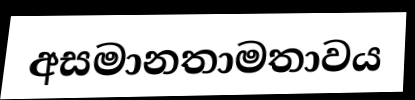
අසමානතාමතාවය